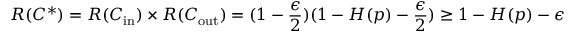
R ( C ^ { * } ) = R ( C _ { \mathrm { i n } } ) \times R ( C _ { \mathrm { o u t } } ) = ( 1 - { \frac { \epsilon } { 2 } } ) ( 1 - H ( p ) - { \frac { \epsilon } { 2 } } ) \geq 1 - H ( p ) - \epsilon